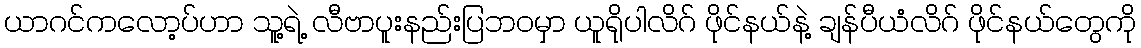
ယာဂင်ကလော့ပ်ဟာ သူ့ရဲ့ လီဗာပူးနည်းပြဘဝမှာ ယူရိုပါလိဂ် ဖိုင်နယ်နဲ့ ချန်ပီယံလိဂ် ဖိုင်နယ်တွေကို